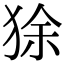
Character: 狳